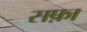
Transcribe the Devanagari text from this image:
सफ़ा